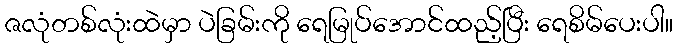
ဇလုံတစ်လုံးထဲမှာ ပဲခြမ်းကို ရေမြုပ်အောင်ထည့်ပြီး ရေစိမ်ပေးပါ။